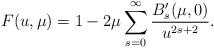
LaTeX: \begin{gather*}F(u,\mu)=1-2\mu\sum_{s=0}^\infty \frac{B_s'(\mu,0)}{u^{2s+2}}.\end{gather*}